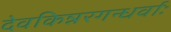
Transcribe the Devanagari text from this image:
देवकिन्नरगन्धर्वाः